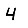
Digit: 4